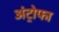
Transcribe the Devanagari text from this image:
अंट्रोफा